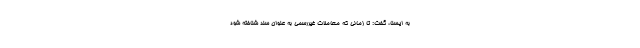
به ایسنا، گفت: تا زمانی که معاملات غیررسمی به عنوان سند شناخته شود